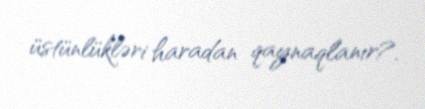
üstünlükləri haradan qaynaqlanır?.